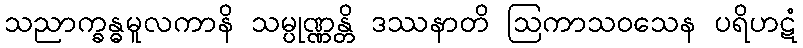
သညာက္ခန္ဓမူလကာနိ သမ္ပုဏ္ဏန္တိ ဒဿနာတိ ဩကာသဝသေန ပရိဟဋံ